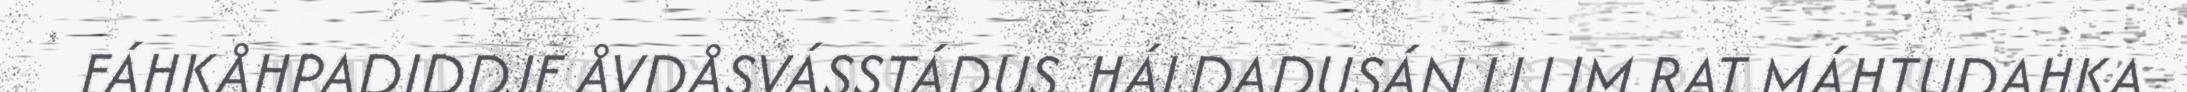
FÁHKÅHPADIDDJE ÅVDÅSVÁSSTÁDUS. HÁLDADUSÁN IJ LIM RAT MÁHTUDAHKA